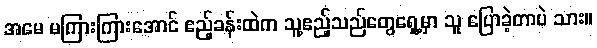
အမေ မကြားကြားအောင် ဧည့်ခန်းထဲက သူ့ဧည့်သည်တွေရှေ့မှာ သူ ပြောခဲ့တာပဲ သား။